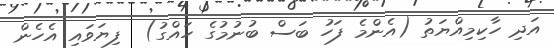
އަދި ހާކިމިއްޔަތު (އެންމެ ފަހު ބަސް ބުނުމުގެ ހައްގު)  ފިޔަވައި އެހެން